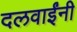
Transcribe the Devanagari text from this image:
दलवाईंनी